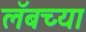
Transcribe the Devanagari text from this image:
लॅबच्या